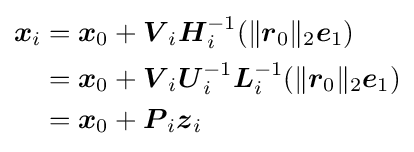
{\begin{aligned}{\boldsymbol {x}}_{i}&={\boldsymbol {x}}_{0}+{\boldsymbol {V}}_{i}{\boldsymbol {H}}_{i}^{-1}(\lVert {\boldsymbol {r}}_{0}\rVert _{2}{\boldsymbol {e}}_{1})\\&={\boldsymbol {x}}_{0}+{\boldsymbol {V}}_{i}{\boldsymbol {U}}_{i}^{-1}{\boldsymbol {L}}_{i}^{-1}(\lVert {\boldsymbol {r}}_{0}\rVert _{2}{\boldsymbol {e}}_{1})\\&={\boldsymbol {x}}_{0}+{\boldsymbol {P}}_{i}{\boldsymbol {z}}_{i}\end{aligned}}